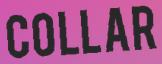
COLLAR